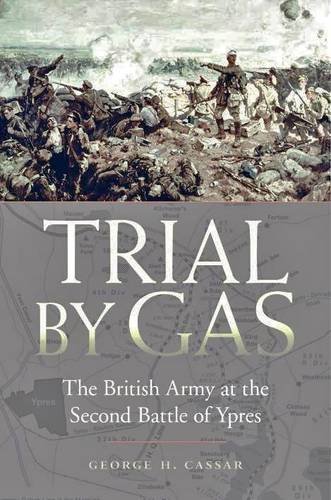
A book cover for Trial by Gas: The British Army at the Second Battle of Ypres; George H. Cassar; History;